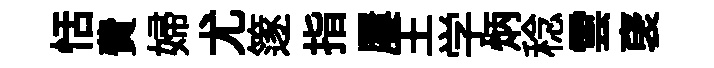
恬費婦尤篴指屢王学炳稔雲裦